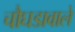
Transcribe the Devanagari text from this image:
चौघडावाले